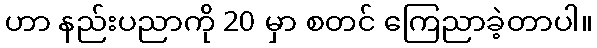
ဟာ နည်းပညာကို 20 မှာ စတင် ကြေညာခဲ့တာပါ။